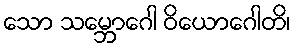
သော သမ္ဘောဂေါ ဝိယောဂေါတိ၊